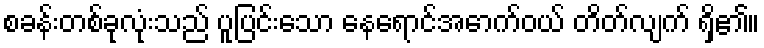
စခန်းတစ်ခုလုံးသည် ပူပြင်းသော နေရောင်အောက်ဝယ် တိတ်လျက် ရှိ၏။